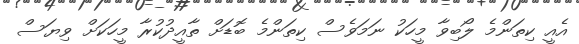
އެއީ ކިތަންމެ ލޯބިވާ މީހަކު ނަމަވެސް ކިތަންމެ ބޮޑަށް ތާއީދުކުރާ މީހަކަށް ވިޔަސް